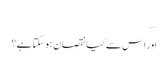
….
اور اس سے کیا نقصان ہوسکتاہے؟